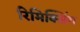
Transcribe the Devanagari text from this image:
रिमिक्सिंग